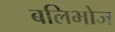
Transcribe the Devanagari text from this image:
बलिभोज